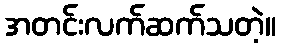
အတင်းလက်ဆက်သတဲ့။